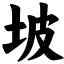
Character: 坡